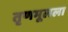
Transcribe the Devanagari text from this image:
तृणमूलला